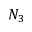
N _ { 3 }